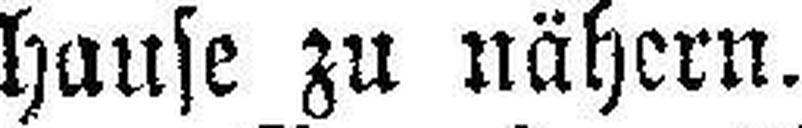
hause zu nähern.